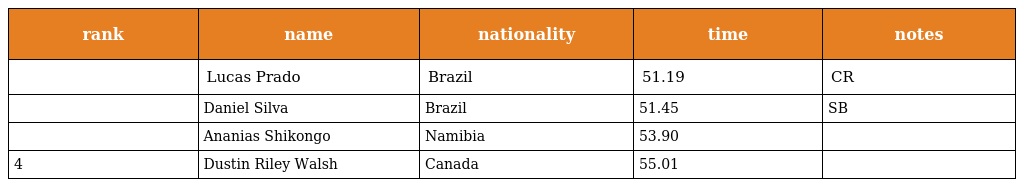
| rank | name | nationality | time | notes |
 | --- | --- | --- | --- | --- |
 |  | Lucas Prado | Brazil | 51.19 | CR |
 |  | Daniel Silva | Brazil | 51.45 | SB |
 |  | Ananias Shikongo | Namibia | 53.90 |  |
 | 4 | Dustin Riley Walsh | Canada | 55.01 |  |